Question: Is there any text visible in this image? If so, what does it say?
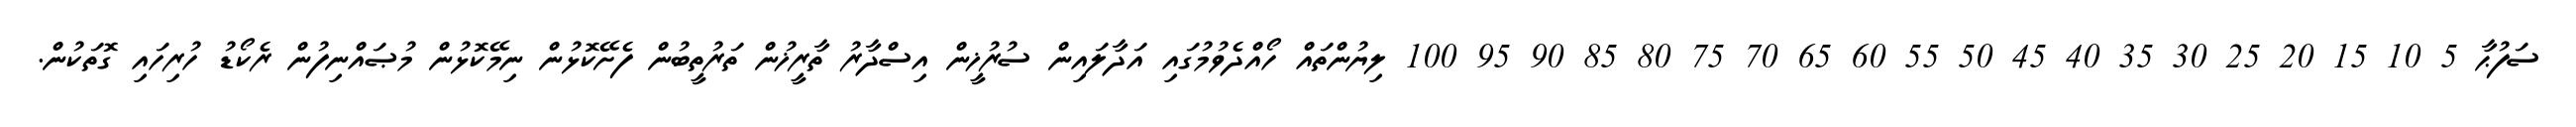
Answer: ސަފުޙާ 5 10 15 20 25 30 35 40 45 50 55 60 65 70 75 80 85 90 95 100 ލިޔުންތައް ހޯއްދެވުމުގައި އަދާލައިން ސުރުޚީން އިސްދާރު ތާރީޚުން ތަރުތީބުން ފެށޭކޮޅުން ނިމޭކޮޅުން މުޞައްނިފުން ރެކޯޑު ހުރިހައި ގޮތަކުން.